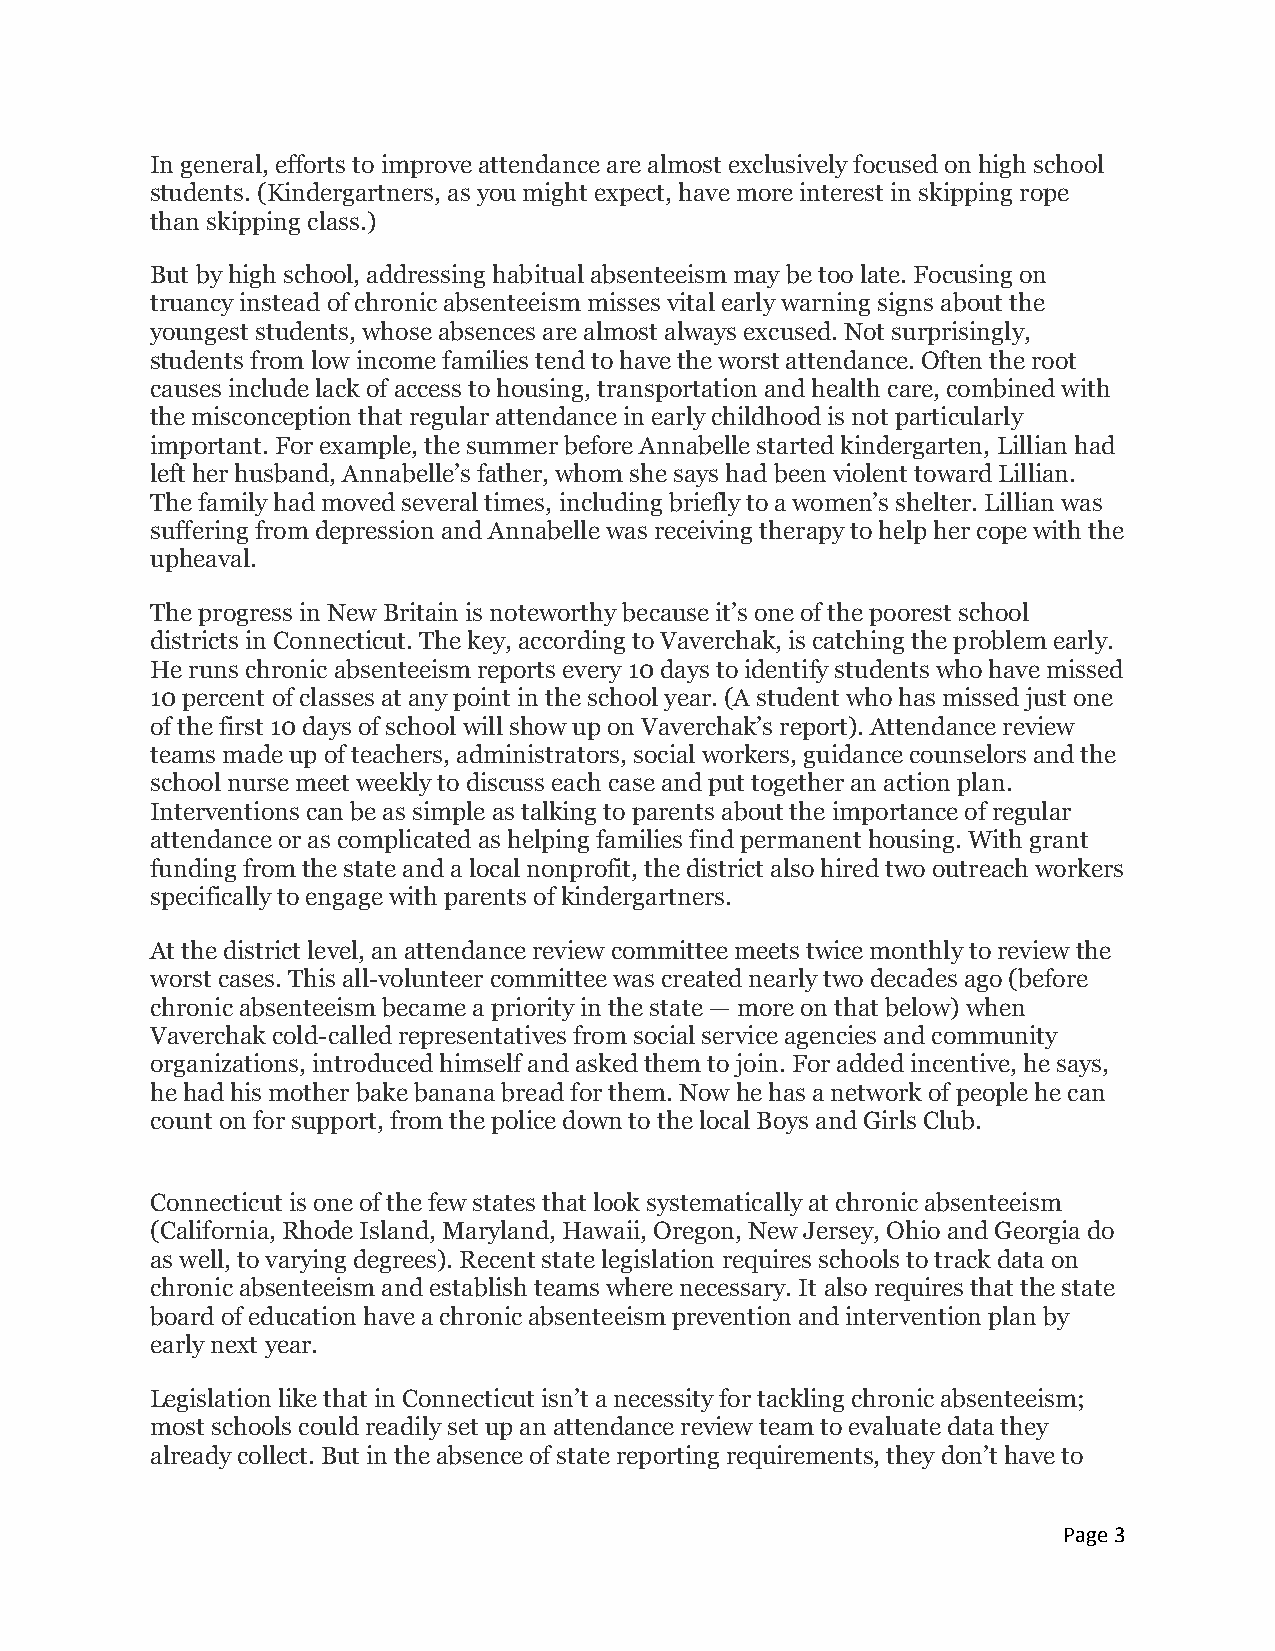
In general, efforts to improve attendance are almost exclusively focused on high school
 students. (Kindergartners, as you might expect, have more interest in skipping rope
 than skipping class.)
 But by high school, addressing habitual absenteeism may be too late. Focusing on
 truancy instead of chronic absenteeism misses vital early warning signs about the
 youngest students, whose absences are almost always excused. Not surprisingly,
 students from low income families tend to have the worst attendance. Often the root
 causes include lack of access to housing, transportation and health care, combined with
 the misconception that regular attendance in early childhood is not particularly
 important. For example, the summer before Annabelle started kindergarten, Lillian had
 left her husband, Annabelle’s father, whom she says had been violent toward Lillian.
 The family had moved several times, including briefly to a women’s shelter. Lillian was
 suffering from depression and Annabelle was receiving therapy to help her cope with the
 upheaval.
 The progress in New Britain is noteworthy because it’s one of the poorest school
 districts in Connecticut. The key, according to Vaverchak, is catching the problem early.
 He runs chronic absenteeism reports every 10 days to identify students who have missed
 10 percent of classes at any point in the school year. (A student who has missed just one
 of the first 10 days of school will show up on Vaverchak’s report). Attendance review
 teams made up of teachers, administrators, social workers, guidance counselors and the
 school nurse meet weekly to discuss each case and put together an action plan.
 Interventions can be as simple as talking to parents about the importance of regular
 attendance or as complicated as helping families find permanent housing. With grant
 funding from the state and a local nonprofit, the district also hired two outreach workers
 specifically to engage with parents of kindergartners.
 At the district level, an attendance review committee meets twice monthly to review the
 worst cases. This all-volunteer committee was created nearly two decades ago (before
 chronic absenteeism became a priority in the state — more on that below) when
 Vaverchak cold-called representatives from social service agencies and community
 organizations, introduced himself and asked them to join. For added incentive, he says,
 he had his mother bake banana bread for them. Now he has a network of people he can
 count on for support, from the police down to the local Boys and Girls Club.
 Connecticut is one of the few states that look systematically at chronic absenteeism
 (California, Rhode Island, Maryland, Hawaii, Oregon, New Jersey, Ohio and Georgia do
 as well, to varying degrees). Recent state legislation requires schools to track data on
 chronic absenteeism and establish teams where necessary. It also requires that the state
 board of education have a chronic absenteeism prevention and intervention plan by
 early next year.
 Legislation like that in Connecticut isn’t a necessity for tackling chronic absenteeism;
 most schools could readily set up an attendance review team to evaluate data they
 already collect. But in the absence of state reporting requirements, they don’t have to
 Page 3